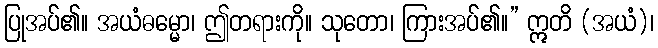
ပြုအပ်၏။ အယံဓမ္မော၊ ဤတရားကို။ သုတော၊ ကြားအပ်၏။” ဣတိ (အယံ)၊